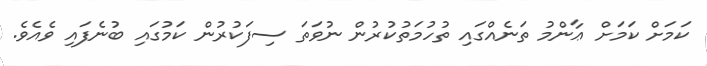
ކަމަށް ކަމަށް ޢާންމު ތަނެއްގައި ތުހުމަތުކުރުން ނުވަތަ ސިފަކުރުން ކަމުގައި ބުނެފައި ވެއެވެ.